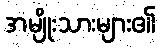
အမျိုးသားများ၏